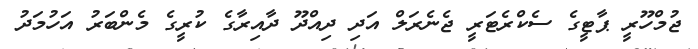
ޖުމްހޫރީ ޕާޓީގެ ސެކްރެޓަރީ ޖެނެރަލް އަދި ދިއްދޫ ދާއިރާގެ ކުރީގެ މެންބަރު އަހުމަދު